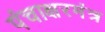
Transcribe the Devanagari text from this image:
पंचाक्षरमंत्र